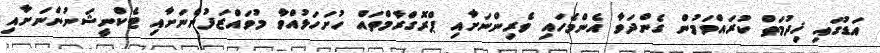
އަޑުގައި ޚިދުމަތް ކުރައްވަމުން ގެންދަވާ އެންމެހައި ވެރިންނަށާއި ޕްރޮގްރާމްތައް ހުށަހަޅުއްވާ މުވައްޒަފުންނަށާއި ޓެކްނީޝަނުންނަށާއި